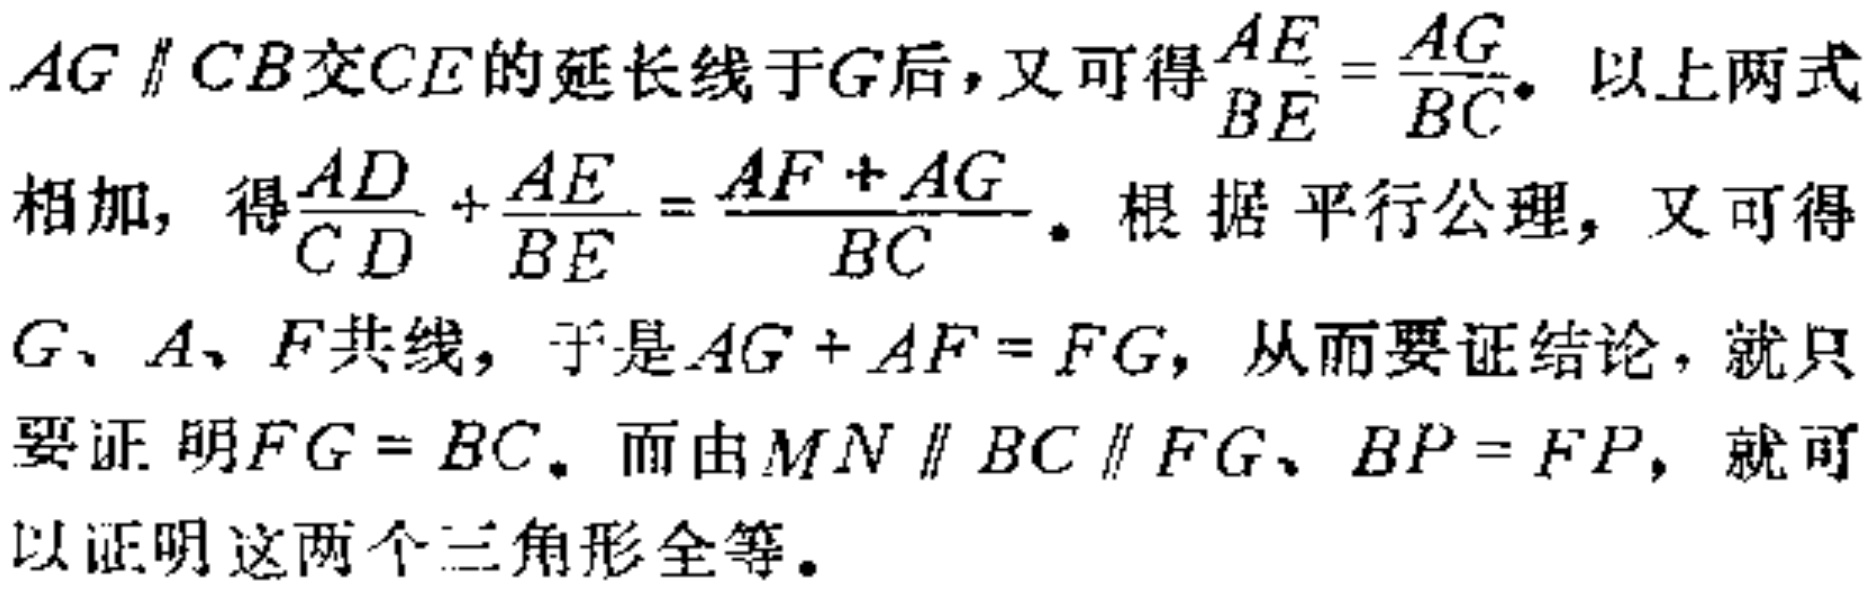
$AG \parallel CB交CE的延长线于G后，又可得\frac{AE}{BE}=\frac{AG}{BC}。以上两式\\
相加，得\frac{AD}{CD}+\frac{AE}{BE}=\frac{AF + AG}{BC}。根据平行公理，又可得\\
G、A、F共线，于是AG + AF = FG，从而要证结论，就只\\
要证明FG = BC。而由MN \parallel BC \parallel FG、BP = FP，就可\\
以证明这两个三角形全等。$